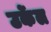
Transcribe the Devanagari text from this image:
उर्केल